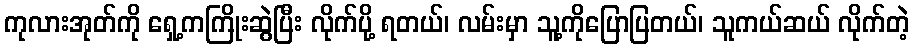
ကုလားအုတ်ကို ရှေ့ကကြိုးဆွဲပြီး လိုက်ပို့ ရတယ်၊ လမ်းမှာ သူ့ကိုပြောပြတယ်၊ သူကယ်ဆယ် လိုက်တဲ့